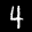
Label: 4